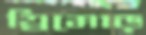
ত্রিমোড়